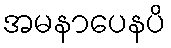
အမနာပေနပိ